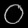
Digit: ၀